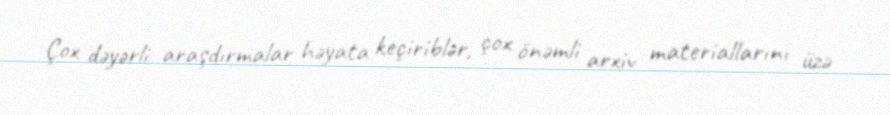
Çox dəyərli araşdırmalar həyata keçiriblər, çox önəmli arxiv materiallarını üzə